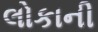
લોકાની